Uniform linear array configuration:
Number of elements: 48
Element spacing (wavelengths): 1
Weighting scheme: hamming
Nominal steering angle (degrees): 0
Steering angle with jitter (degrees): -1.026
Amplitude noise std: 0.05
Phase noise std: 0.05

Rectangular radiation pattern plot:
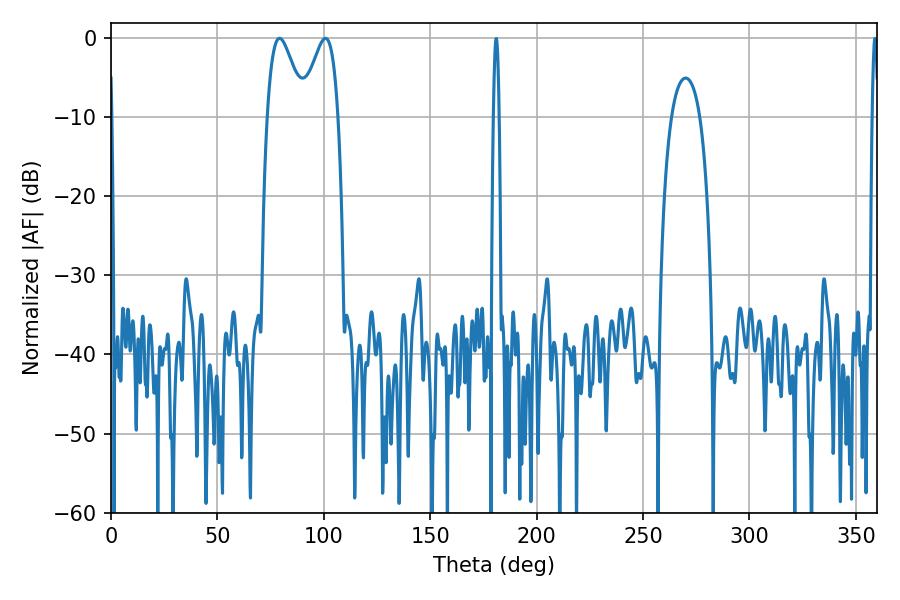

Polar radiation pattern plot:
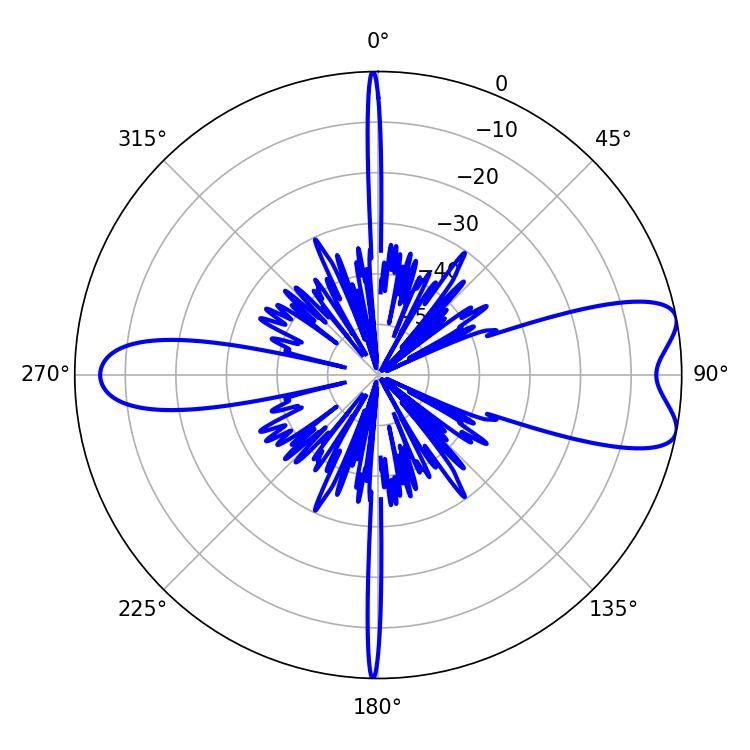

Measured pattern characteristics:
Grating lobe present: TRUE
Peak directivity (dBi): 8.475
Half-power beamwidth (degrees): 9
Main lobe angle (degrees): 79.2